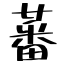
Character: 蕃